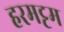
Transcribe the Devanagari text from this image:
हरमट्टम